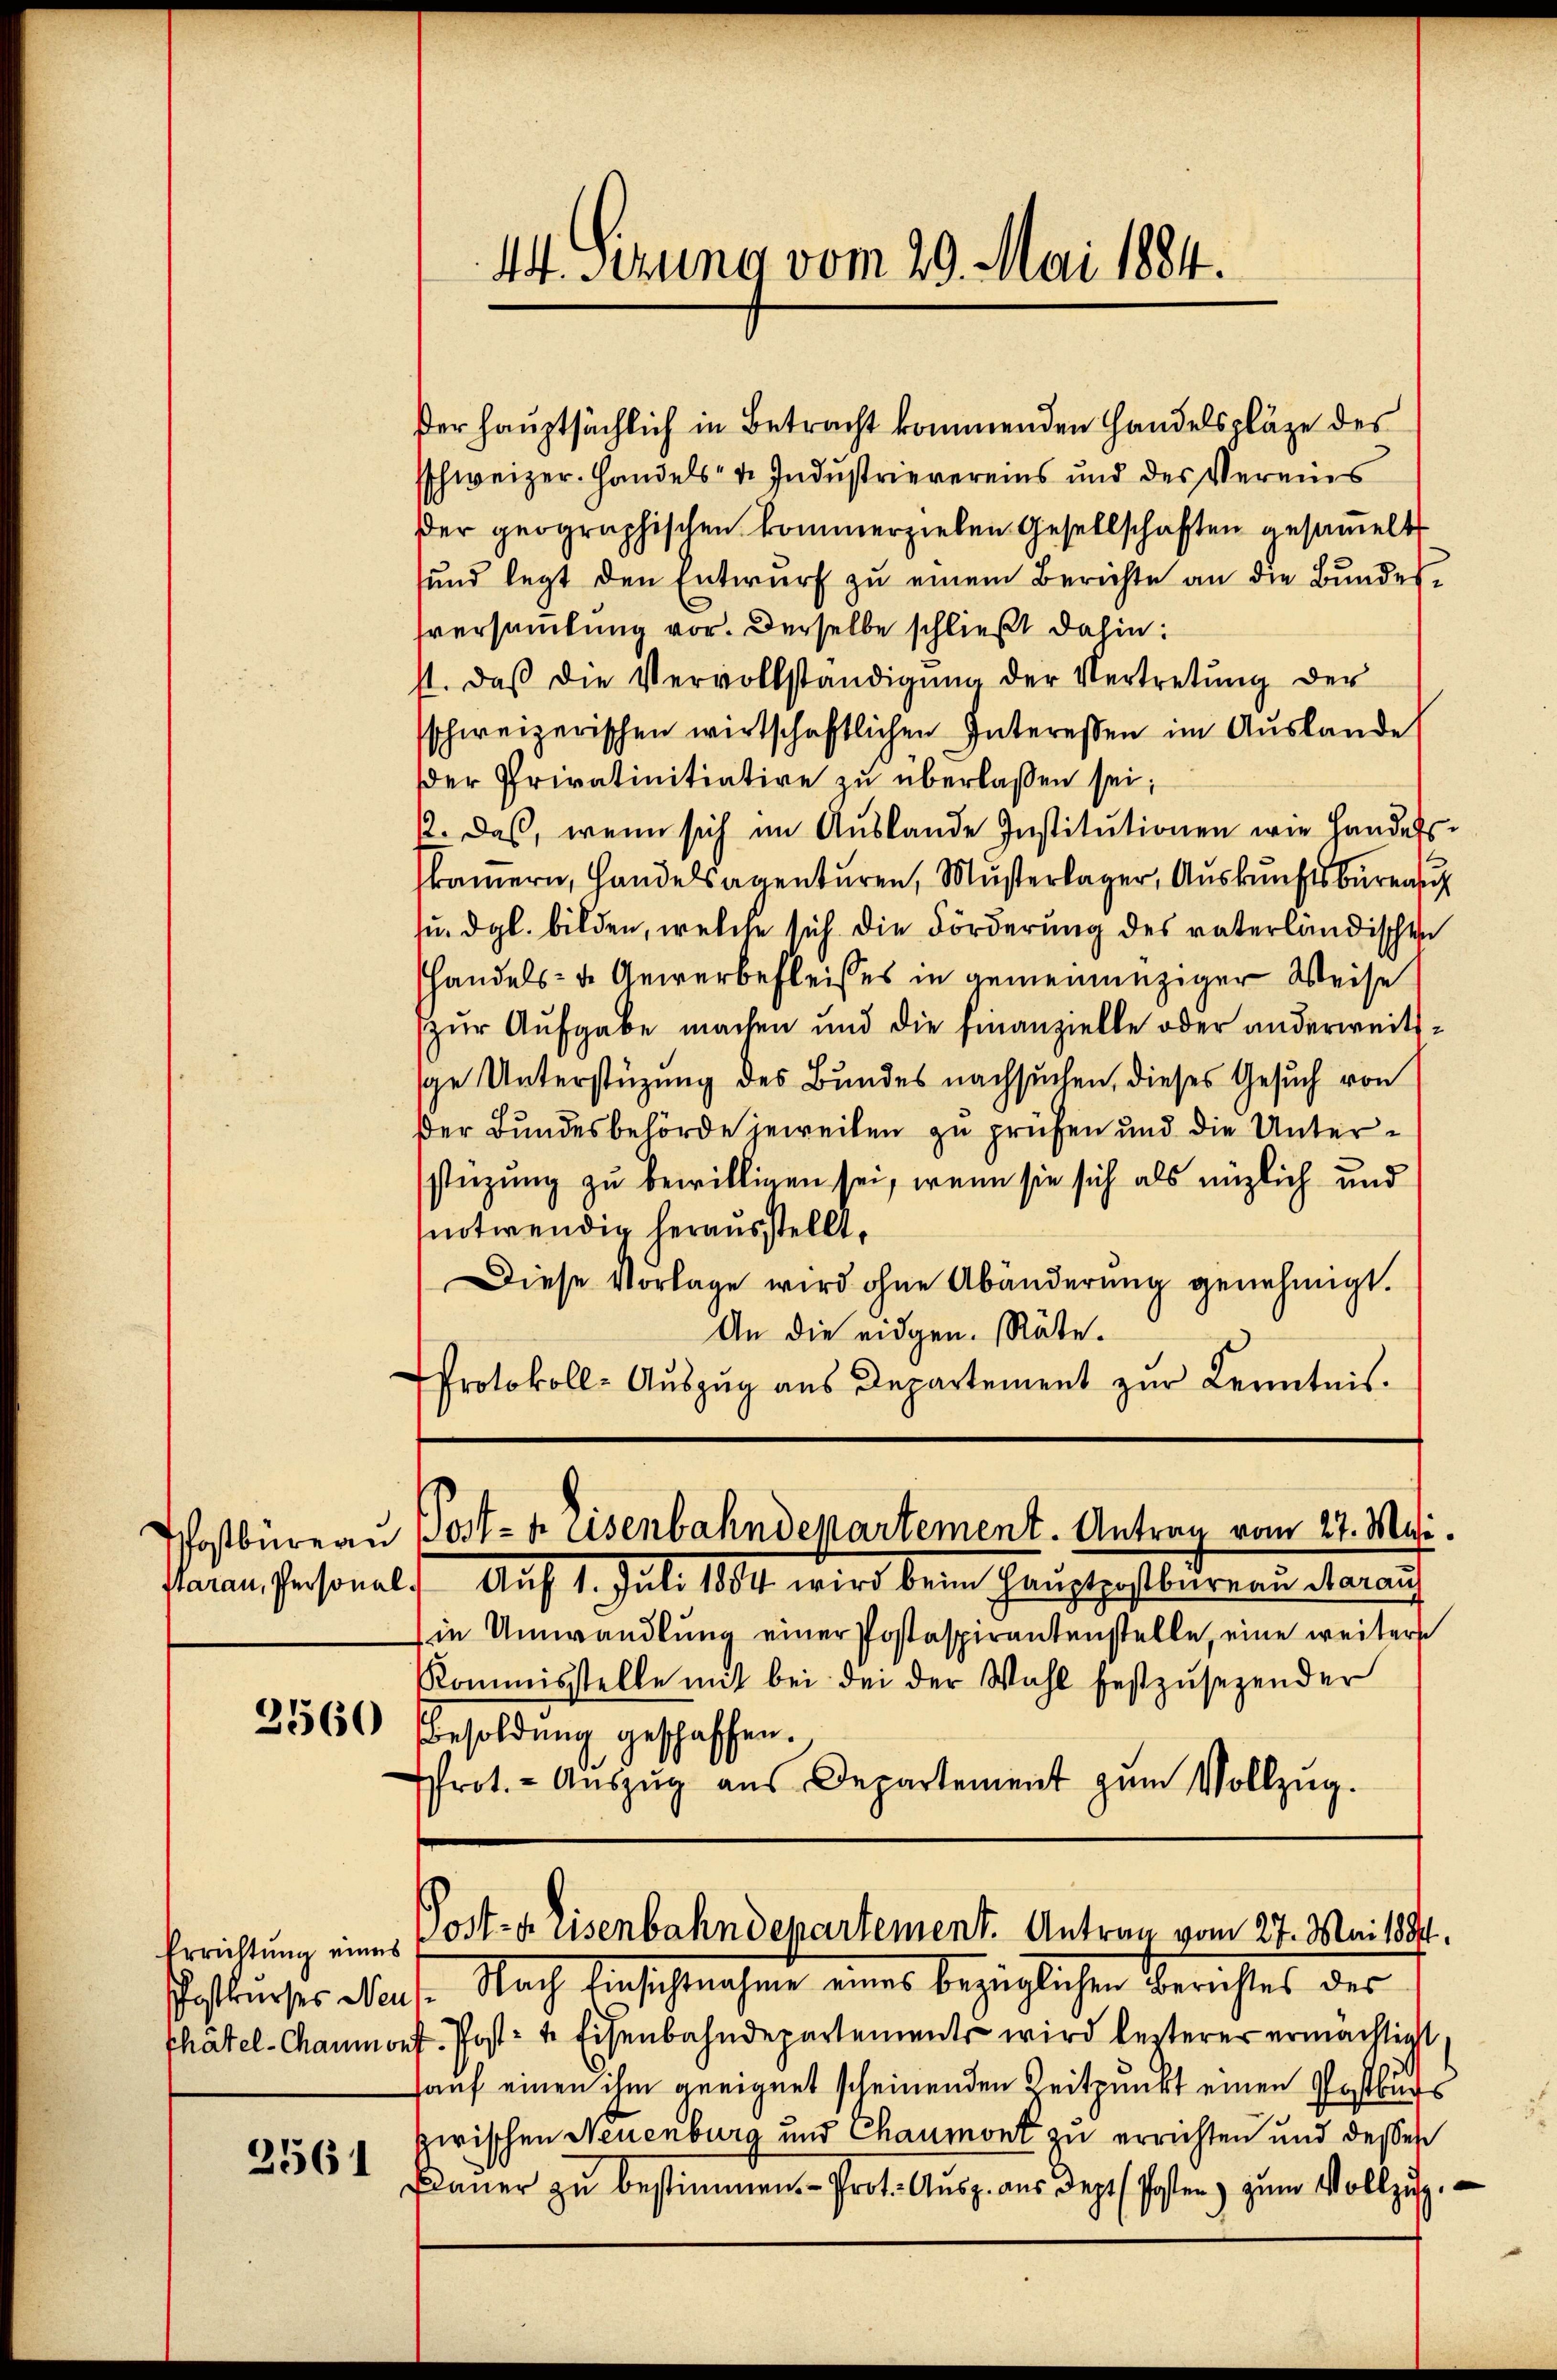
2561

derhauptsächlich in Betracht kommenden Handelspläge des
sschweizer. Handels- u. Industrievereins und des Vereins
er geographischen kommerzielen Gesellschaften gesammelt
sund legt den Entwurf zu einem Berichte an die Bundessversamlung vor. Derselbe schließt dahin:
st. daβ die Vervollständigung der Vertretung der
sschweizerischen wirtschaftlichen Interessen im Auslande
der Privatinitiative zu überlassen sei;
12. Das, wenn sich im Auslande Institutionen wie Handels.
skammern, Handelsagenturen, Musterlager, Auskunftsburea
u. dgl. bilden, welche sich die Förderung des vaterländischen
handels- u. Gewerbefleises in gemeinanziger Weise
zur Aufgabe machen und die Finanzielle oder anderweitssge Unterstüzung des Bundes nachsuchen, dieses Gesuch von
ßer Bundesbehörde jeweilen zu prüfen und die Unterstüzung zu bewilligen sei, wenn sie sich als möglich und
notwendig herausstellt,
Diese Vorlage wird ohne Abänderung genehmigt.
An die eidgen. Räte.
Protokoll-Auszug aus Departement zur Kenntnis.

Errichtung eines
Postkurses Neus

44. Sitzung vom 29. Mai 1884.

Postbüreau Post-hasenbahndepartement. Antrag vom 27. Mai.

saran, Personals Auf 1. Juli 1884 wird beim Hauptpostbureau darauf
in Umwandlung einer Postaspirantenstelle, eine weitere
Kommisstelle mit bei dei der Wahl festzŭsezender
2560 Besoldung geschaffen.
rot. - Aŭszŭg aŭs Departement zŭm Vollzug.

Post- u. Eisenbahndepartement. Antrag vom 27. Mai 1884.

Nach Einschtnahme eines bezüglichen Berichtes des
thätel-Chaumont. Post- u. Eisenbahndepartement wird lezterer ermächtigt
auf einen ihm geeignet scheinenden Zeitpunkt einen Postburs
zwischen Neuenburg und Chaumont zu errichten und deßen
Bauer zu bestimmen. - Prot. Ausg. aus dept. Posten zum Vollzug.